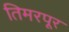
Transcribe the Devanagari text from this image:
तिमरपूर